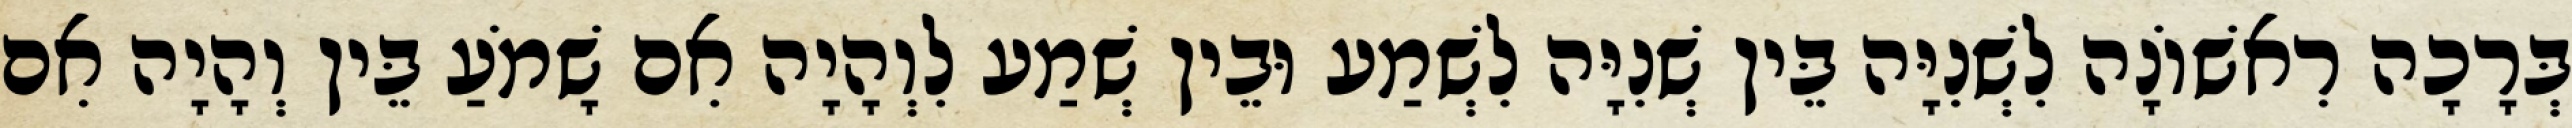
בְּרָכָה רִאשׁוֹנָה לִשְׁנִיָּה בֵּין שְׁנִיָּה לִשְׁמַע וּבֵין שְׁמַע לִוְהָיָה אִם שָׁמֹעַ בֵּין וְהָיָה אִם